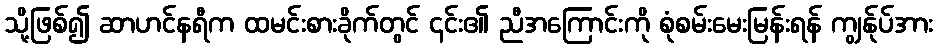
သို့ဖြစ်၍ ဆာဟင်နရီက ထမင်းစားခိုက်တွင် ၎င်း၏ ညီအကြောင်းကို စုံစမ်းမေးမြန်းရန် ကျွန်ုပ်အား